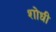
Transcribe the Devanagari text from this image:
शोधी